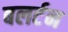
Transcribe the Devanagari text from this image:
बलर्टन